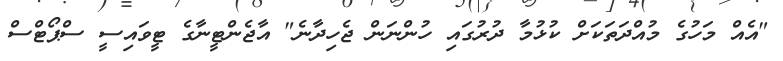
"އެއް މަހުގެ މުއްދަތަކަށް ކުޅުމާ ދުރުގައި ހުންނަން ޖެހިދާނެ" އާޖެންޓީނާގެ ޓީވައިސީ ސްޕޯޓްސް